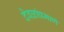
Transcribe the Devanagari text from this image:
देवळांप्रमाणे